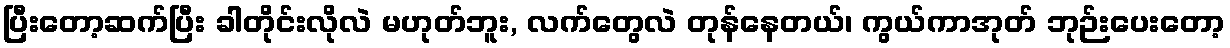
ပြီးတော့ဆက်ပြီး ခါတိုင်းလိုလဲ မဟုတ်ဘူး, လက်တွေလဲ တုန်နေတယ်၊ ကွယ်ကာအုတ် ဘုဉ်းပေးတော့